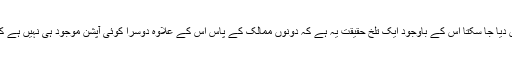
اگرچہ پاکستان اور امریکہ کے تعلقات کو مثالی قرار نہیں دیا جا سکتا اس کے باوجود ایک تلخ حقیقت یہ ہے کہ دونوں ممالک کے پاس اس کے علاوہ دوسرا کوئی آپشن موجود ہی نہیں ہے کہ افغانستان کے امن کے لئے مشترکہ کوششیں کی جائیں۔